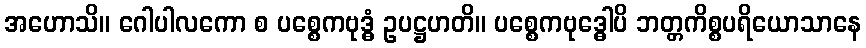
အဟောသိ။ ဂေါပါလကော စ ပစ္စေကဗုဒ္ဓံ ဥပဋ္ဌဟတိ။ ပစ္စေကဗုဒ္ဓေါပိ ဘတ္တကိစ္စပရိယောသာနေ